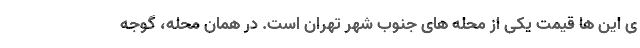
ی این ها قیمتِ یکی از محله های جنوب شهر تهران است. در همان محله، گوجه